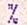
%